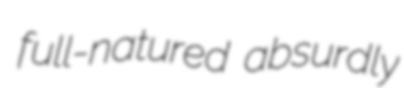
full-natured absurdly